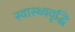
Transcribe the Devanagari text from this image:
स्वास्थ्यवृद्धि